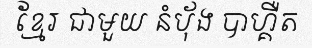
ខ្មែរ ជាមួយ នំប៉័ង បាហ្គឺត